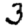
Digit: 3